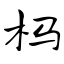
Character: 杩